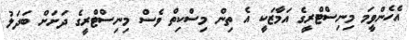
އެހެންވީމަ މިނިސްޓްރީގެ އަމާޒަކީ އެ ތިން މިސްކިތް ވެސް މިނިސްޓްރީގެ ދަށަށް ބަދަލު